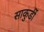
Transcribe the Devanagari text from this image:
साकुर्डी